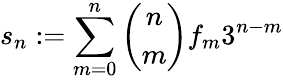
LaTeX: s_{n}:=\sum_{m=0}^{n}{\binom{n}{m}}f_{m}3^{n-m}